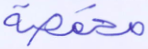
مخمصة